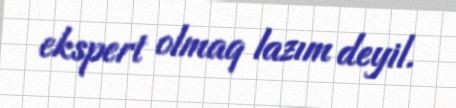
ekspert olmaq lazım deyil.